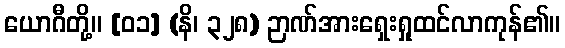
ယောဂီတို့။ [၀၁] (နိ၊ ၃၂၈) ဉာဏ်အားရှေးရှုထင်လာကုန်၏။